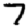
Digit: 7